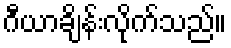
ဂီယာချိန်းလိုက်သည်။